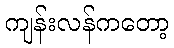
ကျန်းလန်ကတော့